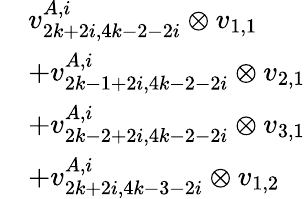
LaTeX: \begin{array}{rl}&{v_{2k+2i,4k-2-2i}^{A,i}\otimes v_{1,1}}\\ &{+v_{2k-1+2i,4k-2-2i}^{A,i}\otimes v_{2,1}}\\ &{+v_{2k-2+2i,4k-2-2i}^{A,i}\otimes v_{3,1}}\\ &{+v_{2k+2i,4k-3-2i}^{A,i}\otimes v_{1,2}}\end{array}